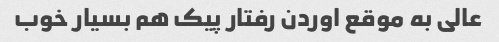
عالی به موقع اوردن رفتار پیک هم بسیار خوب